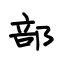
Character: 部